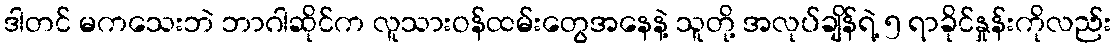
ဒါတင် မကသေးဘဲ ဘာဂါဆိုင်က လူသားဝန်ထမ်းတွေအနေနဲ့ သူတို့ အလုပ်ချိန်ရဲ့ ၅ ရာခိုင်နှုန်းကိုလည်း